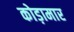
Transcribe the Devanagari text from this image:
कोड़ामार